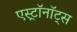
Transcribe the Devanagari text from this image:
एस्ट्राॅनाॅट्स